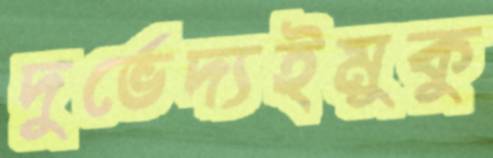
দুর্ভেদ্যইমুকু